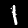
Label: 1